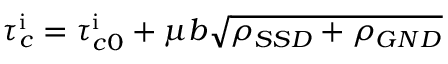
\tau _ { c } ^ { \mathrm { i } } = \tau _ { c 0 } ^ { \mathrm { i } } + \mu b \sqrt { \rho _ { S S D } + \rho _ { G N D } }